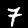
Label: 7